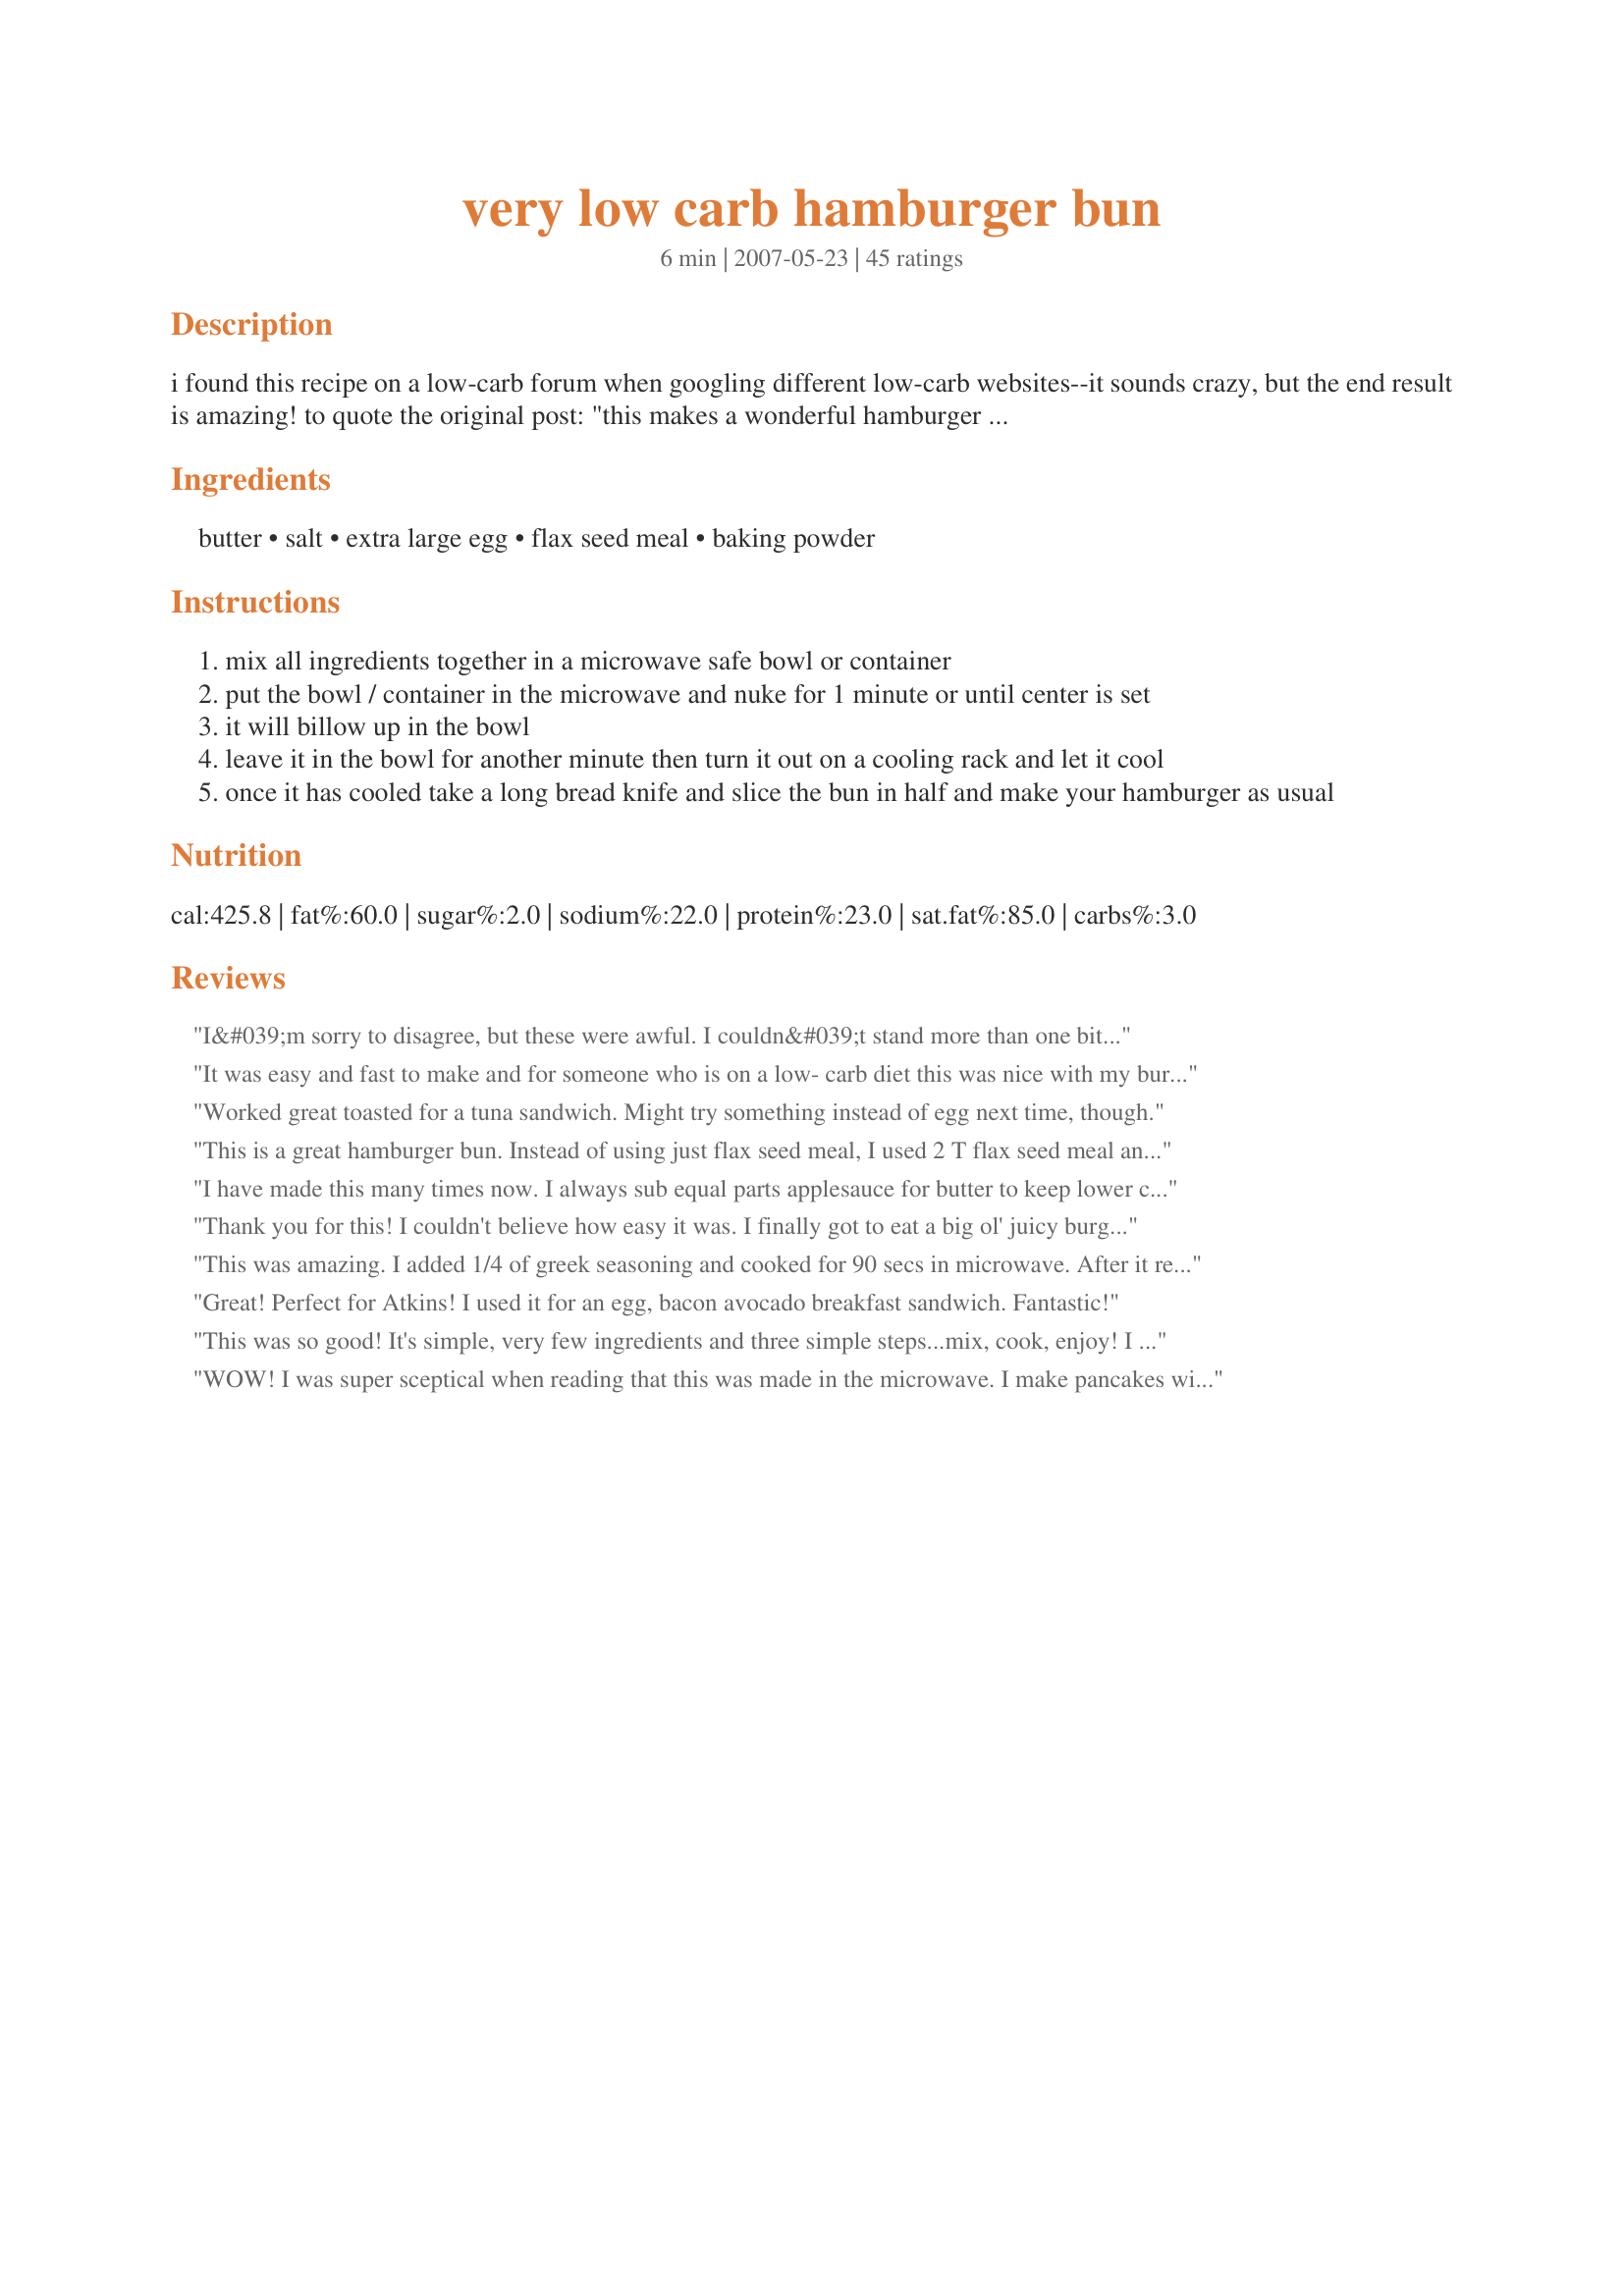
very low carb hamburger bun
Preparation time: 6 minutes

i found this recipe on a low-carb forum when googling different low-carb websites--it sounds crazy, but the end result is amazing! to quote the original post:

"this makes a wonderful hamburger bun, it tastes like a whole wheat bun. it's very sturdy and holds up well with all the juiciness of a hamburger with all the fixings."

note: you may need to add more ground flaxseed/flaxseed meal--the consistently of the "stuff" pre-microwaved should be thick and sort of pasty, like brownie batter, not liquidy.

Ingredients:
butter, salt, extra large egg, flax seed meal, baking powder

Steps:
mix all ingredients together in a microwave safe bowl or container
put the bowl / container in the microwave and nuke for 1 minute or until center is set
it will billow up in the bowl
leave it in the bowl for another minute then turn it out on a cooling rack and let it cool
once it has cooled take a long bread knife and slice the bun in half and make your hamburger as usual

Reviews:
I&#039;m sorry to disagree, but these were awful. I couldn&#039;t stand more than one bite. Not even edible.
It was easy and fast to make and for someone who is on a low- carb diet this was nice with my burger. I would suggest adding onion and garlic powder and 1-2 more tbsp of flax to make it firmer. All in all it was good, and I will be making it again.
Worked great toasted for a tuna sandwich. Might try something instead of egg next time, though.
This is a great hamburger bun. Instead of using just flax seed meal, I used 2 T flax seed meal and 2T soy flour. The bun is not only tasty but it is firm enough to hold a burger patty with all the fixings for a delicious meal. Thank you Jainene !!
I have made this many times now. I always sub equal parts applesauce for butter to keep lower calories. It's easy to make and great for those avoiding wheat/carbs.
Thank you for this! I couldn't believe how easy it was. I finally got to eat a big ol' juicy burger. Mmmmmmmmm. Next time, I think I'll try grilling the inside so it doesn't get soggy from all the hamburger juices and toppings.
This was amazing. I added 1/4 of greek seasoning and cooked for 90 secs in microwave. After it rested for a bit, I split it and toasted it in the pan that I cooked my turkey burger in. It was so filling! I think I might split the recipe into two different portions next time because I was overstuffed!
Great! Perfect for Atkins! <br/>I used it for an egg, bacon avocado breakfast sandwich. Fantastic!
This was so good! It's simple, very few ingredients and three simple steps...mix, cook, enjoy! I used it for a hamburger which was so refreshing. Instead of having to eat my patty and fixin's with a knife and fork, I actually got to eat with my hands...lol! You should definitely try this recipe, it's not only brings a nice change for us low carbers (bread!) it actually tastes good. I will use this many times in the future I'm sure! Thanks for the recipe!
WOW! I was super sceptical when reading that this was made in the microwave. I make pancakes with a recipe similar to this that I really like. So I tried it, and WOWZERS, this is so good. I eliminated the butter completely, and used a scant 1 tbsp of olive oil...worked great! Anxious to share with my husband when we have salmon burgers tonight. Thank-you
I love these things! I have been using them for bread since going wheat-free and have substituted different things for the flax. It has worked well with ground rice and oat flour. Easy and great toasted. It also holds filling perfectly.
Quick and delicious. Very filling too.
Wasn't good but it wasn't terrible either. I started to eat it with my burger but after a few bites I took it off & ate the burger without it.
This is a great recipe. I make a flat bread/pancake with the same ingredients by pouring the batter in a thin layer into a silicone cake pan instead of a bowl. I add garlic and onion powder or splenda and cinnamon for the pancake.
This was wonderful. I was truly amazed. I did use 1/2 flax and 1/2 oat flour. This is my new miracle bread. Also used Smart Balance instead of butter. Thank you sooooo much....
Only five star rating I&#039;ve given, ever! This is easy bake oven, skill level required, but Chef Ramsey/Rockstar level, for every thing else! This bun is great, I&#039;ve made over a dozen on my first day, some with name brand ready milled flax, but it&#039;s best with regular cheap flax seed that you pop into a coffee grinder for a few seconds, U-maze-Ing! Even makes perfect toast for breakfast.
I am still in shock about this one. It makes no logical sense, but BOY HOWDY -- did it ever make a good Ham, Egg, and Cheese Breakfast Sandwich this morning. I can see the appeal of a BLT, too. What a find!
I made two buns tonight for me and my husband. I questioned earlier if I could substitute the butter for applesauce and had one “no”. posted. But I am a very curious girl so I did anyway, and they were delicious! I also added some garlic powder, cayenne pepper and a drop of stevia for a bit of sweetness. It took my microwave 1 min 50 seconds to cook each bun. Before we ate them I toasted each in my toaster. Wow....they were so good. Thanks for this receipe. It is definitely a keeper in my household. I plan on making these often.
I feel like I just found the pot of gold at the end of the rainbow. I mean come on: 12 grams of protein and 8 grams of dietary fiber per bun, wow! Now, let me tell you, applesauce is a decent substitute for butter in bread like recipes (quick breads, muffins, etc.) - Though to test this hypothesis, and so I didn't risk giving this recipe a faulty review, I made it both ways. Both turned out equally as moist and bouncy; although, they varied in taste ever so slightly. If you are a health-nut (in training) like I am, forgo the butter and use an equal measurement of applesauce. Also be aware of the bowl size you use: the width at the largest point of your bowl will likely be the size of your bun. I used this for the Recipe #410472. Made for PAC Spring 2010.
Absolute winner! I was shocked that coming out of the microwave so fluffy and bread like. The only change I made was to use garlic/herb butter and added a sprinkle of Parmesan cheese. *note: to help with the
These are ridiculously good ! The texture is like a nicely dense bread and the favor is very good. Low carb burgers just moved to the top of the LC diet rotation !!
Weird recipe and method to be sure - but surprisingly satisfying. As a low carber, I can tell you this brought about some sorely missed normality to my meals. Very healthy too - loads of high fibre. Best of all - whip one up for yourself in 3 minutes tops. Thanks for this.
I have to say this was amazing. I used it for a blt, wow. It makes it even easier to stick to a low carb way of eating
I'm incredibly grateful for this recipe because it's the quickest burger bun ever. I was hungry and the whole meal took about 15 mins, it was great to have a burger! I'm on Phase 1 of the Atkins Diet and flaxseed is allowed. No they don't taste or feel like a bread bun, but it makes having a decent home cooked burger in a bun possible :)
Just made this to-day and it actually had the look and consistency of bread. The calories and fat were high, so I left out the butter and nuked for 2 minutes in a quiche bowl....turned out great. Any suggestions on what could be added for a less nutty flavour?
Awesome easy recipe! I made this for lunch and got four slices, so 2 small sandwiches. I used a straight sided soup mug and this rose to the top of it. I cut the fat quite a bit by using egg white, a shy 1/3 cup, and one tablespoon of grape seed oil rather than butter. This needed about twenty seconds longer to cook, probably because I used such a small diameter mug, but the end result was fantastic. Tastes like a whole wheat, but with a lighter texture. Thanks for sharing! Update 3/19: Just did this on an oiled plate (olive oil) with the batter spread super thin and made a flatbread breakfast sandwich with it. Just nuked for about thirty seconds at a time and checked it. Loosened and flipped it over so it wasn&#039;t too &quot;wet,&quot; then filled and folded.
This was interesting! I definitely think the recipe is worth playing with. For me it was too eggy<br/>and sort of moist, if that makes sense. I felt like it was too squishy when I bit into it. I will try using less egg or more flax see next time. Thanks for posting this!
this is a fantastic recipe, thank you for sharing it! I tried it just as is with flaxseed meal and enjoyed it. I then tried it with golden flax and found it even better. it had a milder taste and was more visually appealing. I like that I am able to add different seasonings depending on my mood or dish. but I always add s&amp;p, thyme and a couple dashes of tabasco.&lt;br/&gt;&lt;br/&gt;I don&#039;t like to use the microwave more than I have to so I tried baking them. it works! and quite well. I multiplied the recipe by 4 and scooped the dough/batter onto a parchment lined tray in approx. 3-4&quot; circles and baked in a 300 oven for 20-30 minutes.it yielded 8-10 &quot;buns&quot; and they freeze well.&lt;br/&gt;&lt;br/&gt;I&#039;ve used this recipe to make pizza crust by adding garlic powder, parmesan cheese and oregano to the mix.&lt;br/&gt;&lt;br/&gt;my next experiment will be &quot;cinnamon rolls&quot;. a little cinnamon, vanilla and maybe sweetener.&lt;br/&gt;&lt;br/&gt;i&#039;m a little confused tho with the nutritional facts shown. the flax i&#039;m using has 4 grams carbs per 2 T with 4 grams of fiber. they should cancel each other out making it a zero carb bun. right? :D
What a quick simple recipe that fills that gap of low carb sandwiches. Had mine as a BLT - first one in ages, ohh I did enjoy it!
Hello,
I wanted to thank you for posting this recipe. I made it this morning as I wanted bread! Ate it with some smoked herring, it was delicious. Very like a flaxmeal bread I make often.
Thanks again MissJam
WOW! If i could give this 100 stars, I would. This recipe is absolutely FABULOUS as I'm doing atkins and while I don't necessarily miss the taste of bread - it's more the fact that I am sick of eating sandwich fixin's and burgers with a fork. This bun is the best! Thanks!!
This is awesome!!! It makes the best bun for a bacon cheeseburger with a fried egg topping. Thank you!!! Perfect for the low carber. The taste is great but doesn't overpower the burger. Next time I might try toasting it after slicing it.
I have to say that this quirky little recipe is quite good! I've been low carbing it for almost five months now, and this bun is quite satisfying and easy to make. I'm not sure how it would taste by itself, toasted with butter on it, but I'll give it a try. Then next time I make it, I'll try putting in some herbs, maybe garlic powder and/or onion flakes. It would be great for grilled cheese! I will enjoy eating "sandwich" type meals again!
Quick, easy and delicious! Now when we have hamburgers I can whip this up for my celiac stepdaughter who can't eat wheat - no fuss, no mess and she loves it!
This is the best! Please note for users new to flax seed meal...you have to use GOLDEN FLAXSEED MEAL. The brown will taste chemical. That being said, this is a very flexible recipe, but in the end I like it best toasted after I slice it. I pour half into 2 ramekins, cook for 1.30 min, let cool, cut in half and toast. This will give you 2 buns.
I never write reviews, but these are awesome. I just wanted to let everyone know that the first time I made them, I was out of flax meal and I used almond meal. Both are equally delicious.
These are pretty good, and super easy. Excellent way to keep the fiber up, and a nice way to make sandwiches/burgers more convenient. I've eaten these as hamburger buns, with breakfast sandwiches, and by themselves toasted with some butter & my homemade version of nutella. It's no gooey white bread, but it's definitely passable.
Excellent. More like an English muffin than a bun. Toasting removed the eggy-ness. I added an extra T of flax, used 1/2 C egg substitute, and added 1/2 t onion powder. Next time I will use applesauce. Definitely a keeper.
I tried this recipe and could not believe the texture....just like grainy bread. It tasted just like bread too. I sliced mine into four circles and made little ham and cheese sandwiches with a tiny bit of grainy mustard. Delicious. My only problem is that as good as it tasted, I'm concerned with the fat content..........I could almost feel my arteries getting plugged up....figuratively of course. There is another low carb bun on this site which only calls for two tsp of olive oil. I will try that one next and hopefully it will taste as good with less saturated fat. I am giving this recipe 4 starts for taste minus 1 for the high fat content.
Amazing low carb bun! I added 2-3 extra tbsp of the ground flax seed to get mine more like a paste and microwaved for about 1 minute 10 seconds. I thought this recipe sounded odd, but it turned out yummy, and tasted like a light fluffy bread. I will definitely be making this again - it made me feel like I wasn't missing out on a nice cheeseburger dinner by trying to make a lettuce wrap. Thanks for the recipe!
This is a similar recipe I used before to help me get though hunger in the early part of my low carb experience. I called mine “The Magic Muffin”. I put 1/4 cup of ground flaxseed meal in a ramiken or mug. I added 1/4 tsp baking powder, 1 tsp. cinnamon, 1 or 2 packets Stevia sweetener, Mix all together and add 1 large egg and microwave 1 minute in a 1000 watt microwave or until center is set. My microwave is less than 1000, so I put mine in for 1 min. 10 seconds. Later on in the diet I would add some blueberries. I usually had it with butter on it with my coffee. Another variation is spreading sugar free jam on it instead.
So happy I found this recipe!!! Made my husband a fish burger on it topped with lettuce and tzatziki sauce, great low carb dinner. He gets bored on Atkins, but was pleasantly surprised with this and actually felt satisfied after. Tastes close to a whole wheat bun. Couldn't be any quicker or easier. We can enjoy burgers again!!! According to my calculations, net carbs are about 2 or 2.5 per bun. Looking forward to experimenting with spices or using as pizza crust. I microwaved for 1 min 20 sec. OOh, egg sandwiches!
this was very interesting. I don't thikn Iwould use it for a hamburger bun, but it would be excelelnt used inplace of an english muffin. I used 1/2 oat folur 1/2 flax meal, and earth balance butter. Thanks for this quick recipe!
I made it twice in a small round plastic microwave safe container and was great! Firm enough to support the juiciest burger.
Perfect for anyone watching their carbs! I am on Atkins and was very hesitant to try this but figured I had nothing to lose. I made this with a turkey burger, some lettuce and a little bit of Caesar dressing - yum! With grilling season here I have really missed a bun for my burger but I actually forgot I wasn't eating a real bun. Another benefit is I couldn't finish the burger because it was filling. That never happens with me! This is a keeper.
